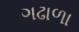
ગઢાળા